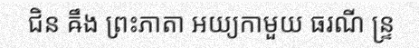
ជិន ឝឹង ព្រះភាតា អយ្យកាមួយ ធរណី ន្ទ្រ